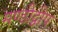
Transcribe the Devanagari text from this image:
मण्डीद्वीप